Medical and sanitary report on the native army of Bombay for the year
Year: 1877
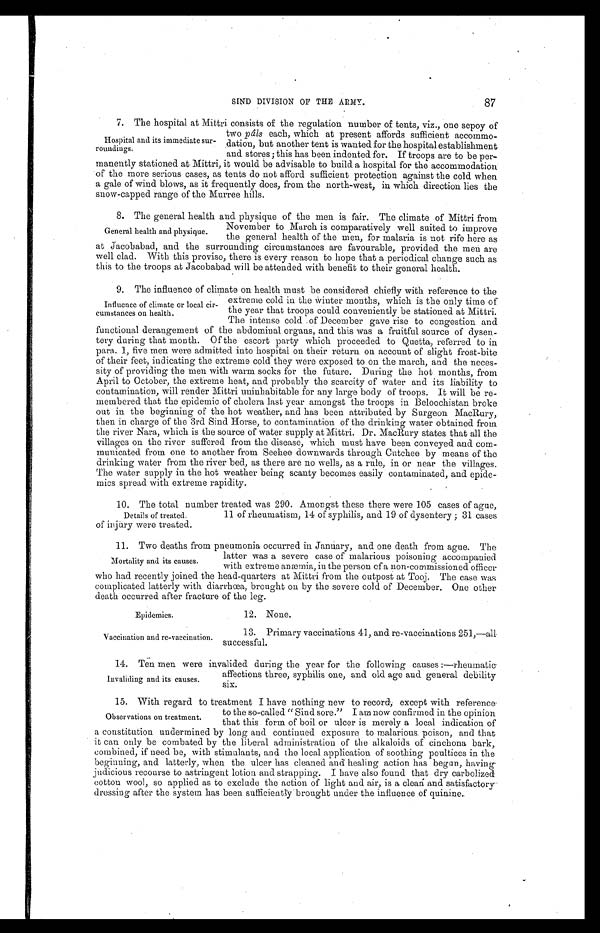
87
SIND DIVISION OF THE ARMY.
7. The hospital at Mittri consists of the regulation number of tents, viz., one sepoy of
two pâls each, which at present affords sufficient accommo
-
dation, but another tent is wanted for the hospital establishment
and stores ; this has been indented for. If troops are to be per
-
manently stationed at Mittri, it would be advisable to build a hospital for the accommodation
'of the more serious cases, as tents do not afford sufficient protection against the cold when
a gale of wind blows, as it frequently does, from the north-west, in which direction lies the
snow-capped range of the Murree hills.
8. The general health and physique of the men is fair. The climate of Mittri from
November to March is comparatively well suited to improve
the general health of the men, for malaria is not rife here as
at Jacobabad, and the surrounding circumstances are favourable, provided the men are
well clad. With this proviso, there is every reason to hope that a periodical change such as
this to the troops at Jacobabad will be attended with benefit to their general health.
9. The influence of climate on health must be considered chiefly with reference to the
extreme cold in the Linter months, which is the only time of
the year that troops could conveniently be stationed at Mittri.
The intense cold of December gave rise to congestion and
functional derangement of the abdominal organs, and this was a fruitful source of dysen
-
tery during that month. Of the escort party which proceeded to Quetta, referred to in
para. 1, five men were admitted into hospital on their return on account of slight frost-bite
of their feet, indicating the extreme cold they were exposed to on the march, and the neces
-
sity of providing the men with warm socks for the future. During the hot months, from
April to October, the extreme heat, and probably the scarcity of water and its liability to
contamination, will render Mittri uninhabitable for any large body of troops. It will be re
-
membered that the epidemic of cholera last year amongst the troops in Beloochistan broke
out in the beginning of the hot weather, and has been attributed by Surgeon MacRury,
then in charge of the 3rd Sind Horse, to contamination of the drinking water obtained from
the river Nara, which is the source of water supply at Mittri. Dr. MacRury states that all the
villages on the river suffered from the disease, which must have been conveyed and com
-
m u n i c a t e d f r o m o n e t o a n o t h e r f r o m S e e h e e d o w n w a r d s t h r o u g h C u t c h e e b y m e a n s o f t h e
drinking water from the river bed, as there are no wells, as a rule, in or near the villages.
The water supply in the hot weather being scanty becomes easily contaminated, and epide
-
mics spread with extreme rapidity.
10. The total number treated was 290. Amongst these there were 105 cases of ague,
11 of rheumatism, 14 of syphilis, and 19 of dysentery ; 31 cases of injury were treated.
11. Two deaths from pneumonia occurred in January, and one death from ague. The
latter was a severe case of malarious poisoning accompanied
with extreme anæmia, in the person of a non-commissioned officer
who had recently joined the head-quarters at Mittri from the outpost at Tooj. The case was
complicated latterly with diarrhoea, brought on by the severe cold of December. One other
death occurred after fracture of the leg.
Hospital and its immediate sur
-roundings.
General health and physique.
Influence of climate or local cir
-
cumstances on health.
Details of treated.
Mortality and its causes.
Epidemics.
Vaccination and re-vaccination.
12. None.
13. Primary vaccinations 41, and re-vaccinations 251,—all
successful.
1 4 . T e n m e n w e r e i n v a l i d e d d u r i n g t h e y e a r f o r t h e f o l l o w i n g c a u s e s : — r h e u m a t i c
affections three, syphilis one, and old age and general debility
six.
15. With regard to treatment I have nothing new to record, except with reference.
to the so-called "Sind sore." I am now confirmed in the opinion
that this form of boil or ulcer is merely a local indication of
a constitution undermined by long and continued exposure to malarious poison, and that
it can only be combated by the liberal administration of the alkaloids of cinchona bark,
combined, if need be, with stimulants, and the local application of soothing poultices in the
beginning, and latterly, when the ulcer has cleaned and healing action has begun, having
judicious recourse to astringent lotion and strapping. I have also found that dry carbolized
cotton wool, so applied as to exclude the action of light and air, is a clean and satisfactory
dressing after the system has been sufficiently brought under the influence of quinine.
Invaliding and its causes.
Observations on treatment.